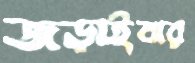
জড়াইবার